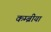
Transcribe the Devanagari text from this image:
कम्ब्रीया